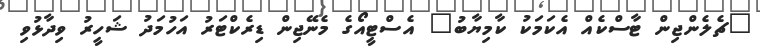
"ޗެލެންޖިން ޓާސްކެއް އެކަމަކު ކާމިޔާބު" އެސްޓީއޯގެ މެނޭޖިން ޑިރެކްޓަރު އަހުމަދު ޝަހީރު ވިދާޅުވި